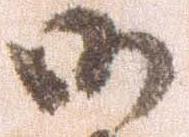
御